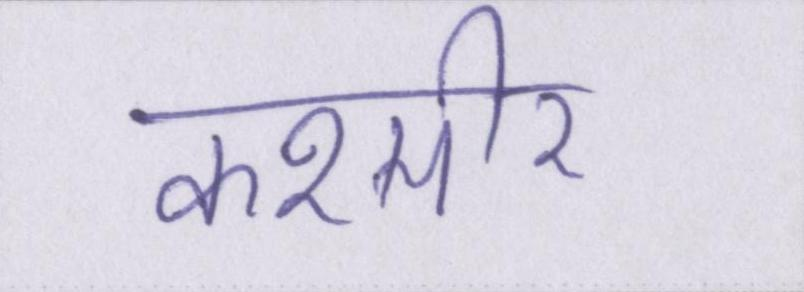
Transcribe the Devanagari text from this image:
कश्मीर